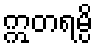
ဣတရမ္ပိ